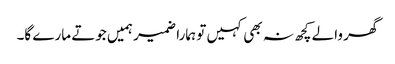
گھر والے کچھ نہ بھی کہیں تو ہمارا ضمیر ہمیں جوتے مارے گا۔